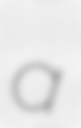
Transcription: a